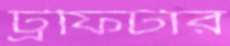
ট্রফিটার